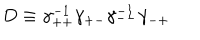
D \equiv \gamma _ { + + } ^ { - 1 } \gamma _ { + - } \gamma _ { -- } ^ { - 1 } \gamma _ { - + }